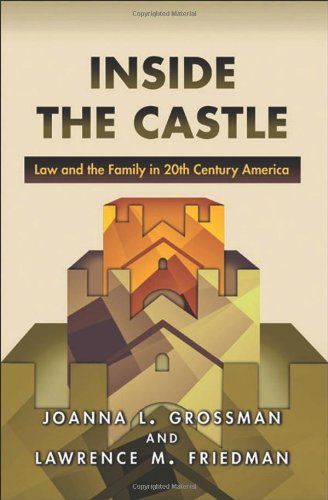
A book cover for Inside the Castle: Law and the Family in 20th Century America; Joanna L. Grossman; Law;